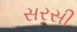
સરસી